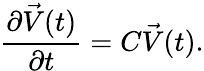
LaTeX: \frac{\partial\vec{V}(t)}{\partial t}=C\vec{V}(t).